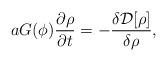
LaTeX: \begin{align*}a G(\phi) \frac{\partial \rho}{\partial t} = - \frac{\delta {\cal D}[\rho]}{\delta \rho},\end{align*}